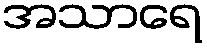
အသာရေ